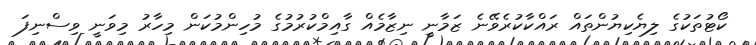
ކޯޓުތަކުގެ ލިޔެކިޔުންތައް ރައްކާކުރެވޭނެ ޒަމާނީ ނިޒާމެއް ގާއިމްކުރުމުގެ މުހިންމުކަން މިހާރު މިވަނީ ވިސްނިފަ